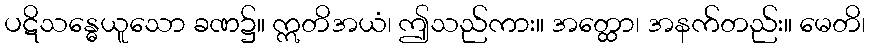
ပဋိသန္ဓေယူသော ခဏ၌။ ဣတိအယံ၊ ဤသည်ကား။ အတ္ထော၊ အနက်တည်း။ မေတိ၊